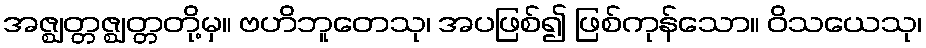
အဇ္ဈတ္တဇ္ဈတ္တတို့မှ။ ဗဟိဘူတေသု၊ အပဖြစ်၍ ဖြစ်ကုန်သော။ ဝိသယေသု၊